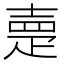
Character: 𡔰